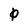
Character: 0